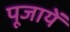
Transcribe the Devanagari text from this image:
पूजायें